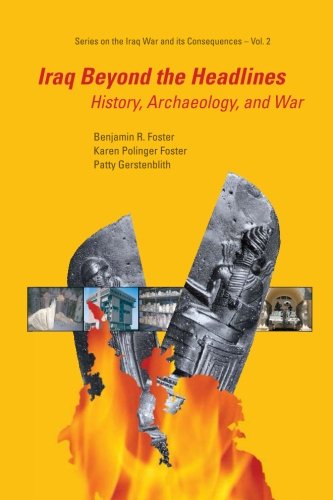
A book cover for Iraq Beyond The Headlines: History, Archaeology, And War (Series on the Iraq War and Its Consequences); Benjamin R Foster; Reference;